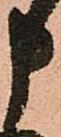
申